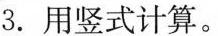
3.用竖式计算。